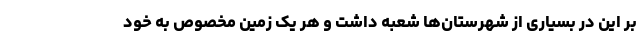
بر این در بسیاری از شهرستان‌ها شعبه داشت و هر یک زمین مخصوص به خود